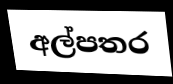
අල්පතර